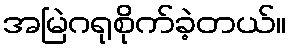
အမြဲဂရုစိုက်ခဲ့တယ်။